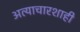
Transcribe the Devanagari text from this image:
अत्याचारशाही